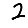
Digit: 2